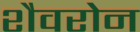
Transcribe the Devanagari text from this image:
शैवरोन